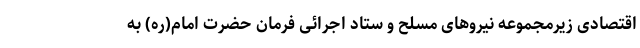
اقتصادی زیرمجموعه نیروهای مسلح و ستاد اجرائی فرمان حضرت امام(ره) به